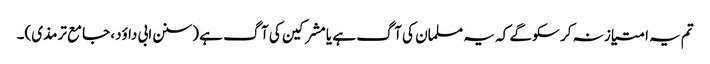
تم یہ امتیاز نہ کر سکو گے کہ یہ مسلمان کی آگ ہے یا مشرکین کی آگ ہے (سنن ابی داؤد، جامع ترمذی)۔